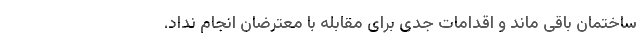
ساختمان باقی ماند و اقدامات جدی برای مقابله با معترضان انجام نداد.